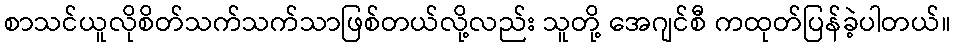
စာသင်ယူလိုစိတ်သက်သက်သာဖြစ်တယ်လို့လည်း သူတို့ အေဂျင်စီ ကထုတ်ပြန်ခဲ့ပါတယ်။